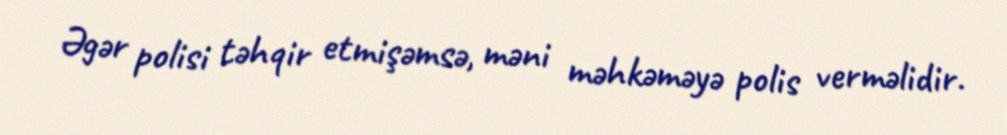
Əgər polisi təhqir etmişəmsə, məni məhkəməyə polis verməlidir.